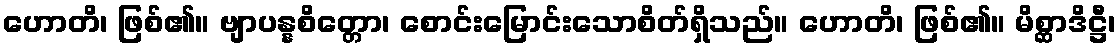
ဟောတိ၊ ဖြစ်၏။ ဗျာပန္နစိတ္တော၊ စောင်းမြောင်းသောစိတ်ရှိသည်။ ဟောတိ၊ ဖြစ်၏။ မိစ္ဆာဒိဋ္ဌီ၊